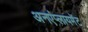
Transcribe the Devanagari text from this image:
अनएंप्लायमेंट